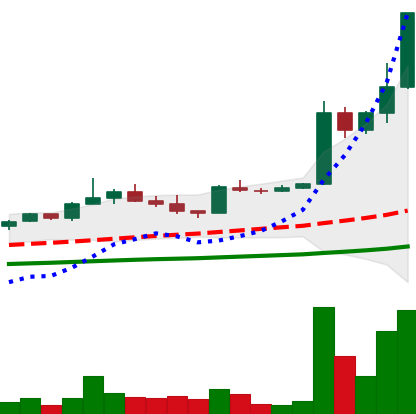
Ticker: TRX-USD
Chart end date: 2021-04-04
Forward return: -10.388%
Label: down_7plus